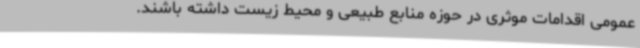
عمومی اقدامات موثری در حوزه منابع طبیعی و محیط زیست داشته باشند.